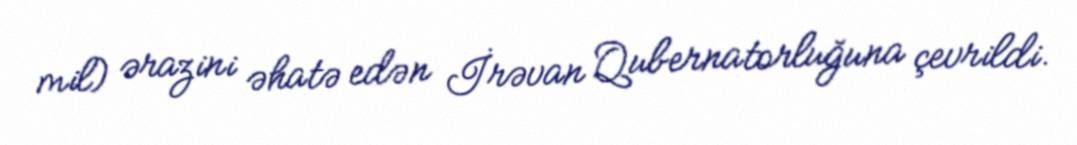
mil) ərazini əhatə edən İrəvan Qubernatorluğuna çevrildi.